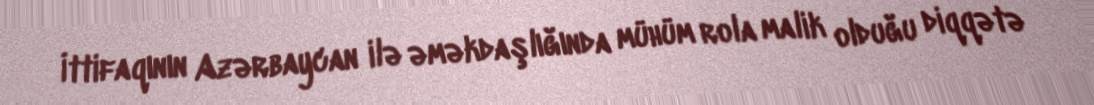
İttifaqının Azərbaycan ilə əməkdaşlığında mühüm rola malik olduğu diqqətə